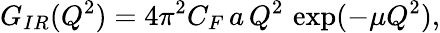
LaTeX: G_{IR}(Q^{2})={4\pi^{2}C_{F}}\, a\, Q^{2}\, \exp(-\mu Q^{2}),